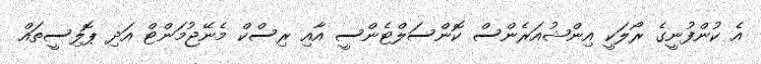
އެ ކުންފުނީގެ ރޯލަކީ އިންޝުއަރެންސް ކޮންސަލްޓެންސީ އާއި ރިސްކް މެނޭޖުމަންޓް އަދި ޕޮލިސީތައް